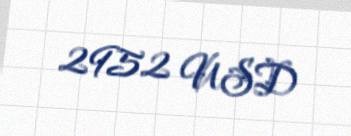
2952 USD